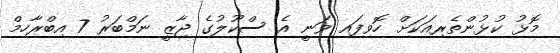
މޮޅު ކުޅުންތެރިއަކަށް ހޮވިފައި ވަނީ އެ ސްކޫލުގެ ޖާޒީ ނަމްބަރު 7 އިބްރާހިމް